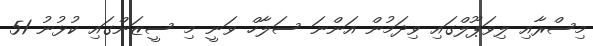
މިސްރާއި ލިވަޕޫލްގައި ވިދަމުން އަންނަ ސަލާހް ވަނީ މި ސީޒަންގައި ކުޅުނު 51